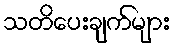
သတိပေးချက်များ